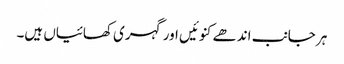
ہر جانب اندھے کنوئیں اور گہری کھائیاں ہیں۔